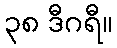
၃၈ ဒီဂရီ။